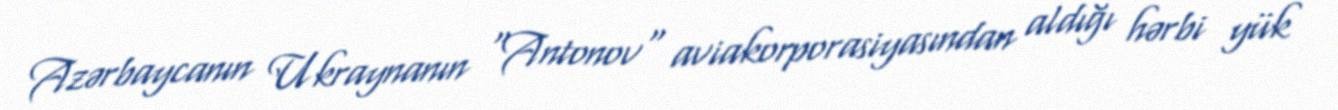
Azərbaycanın Ukraynanın "Antonov" aviakorporasiyasından aldığı hərbi yük